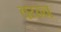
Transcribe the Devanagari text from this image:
वय्न्न